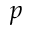
p